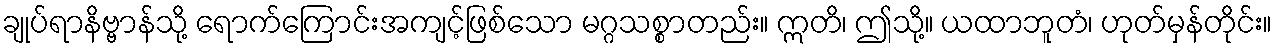
ချုပ်ရာနိဗ္ဗာန်သို့ ရောက်ကြောင်းအကျင့်ဖြစ်သော မဂ္ဂသစ္စာတည်း။ ဣတိ၊ ဤသို့။ ယထာဘူတံ၊ ဟုတ်မှန်တိုင်း။